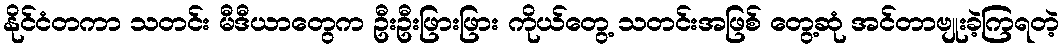
နိုင်ငံတကာ သတင်း မီဒီယာတွေက ဦးဦးဖြားဖြား ကိုယ်တွေ့ သတင်းအဖြစ် တွေ့ဆုံ အင်တာဗျုးခဲ့ကြရတဲ့